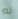
له